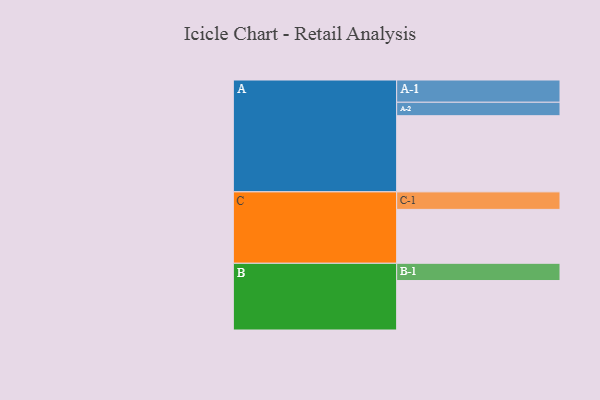
{"axis": {"x": "Segment", "y": "Value"}, "legend": ["", "A", "B", "C"], "data": [{"x": "A", "y": 565, "type": ""}, {"x": "B", "y": 367, "type": ""}, {"x": "C", "y": 400, "type": ""}, {"x": "A-1", "y": 165, "type": "A"}, {"x": "A-2", "y": 100, "type": "A"}, {"x": "B-1", "y": 128, "type": "B"}, {"x": "C-1", "y": 130, "type": "C"}]}